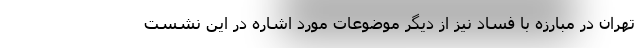
تهران در مبارزه با فساد نیز از دیگر موضوعات مورد اشاره در این نشست